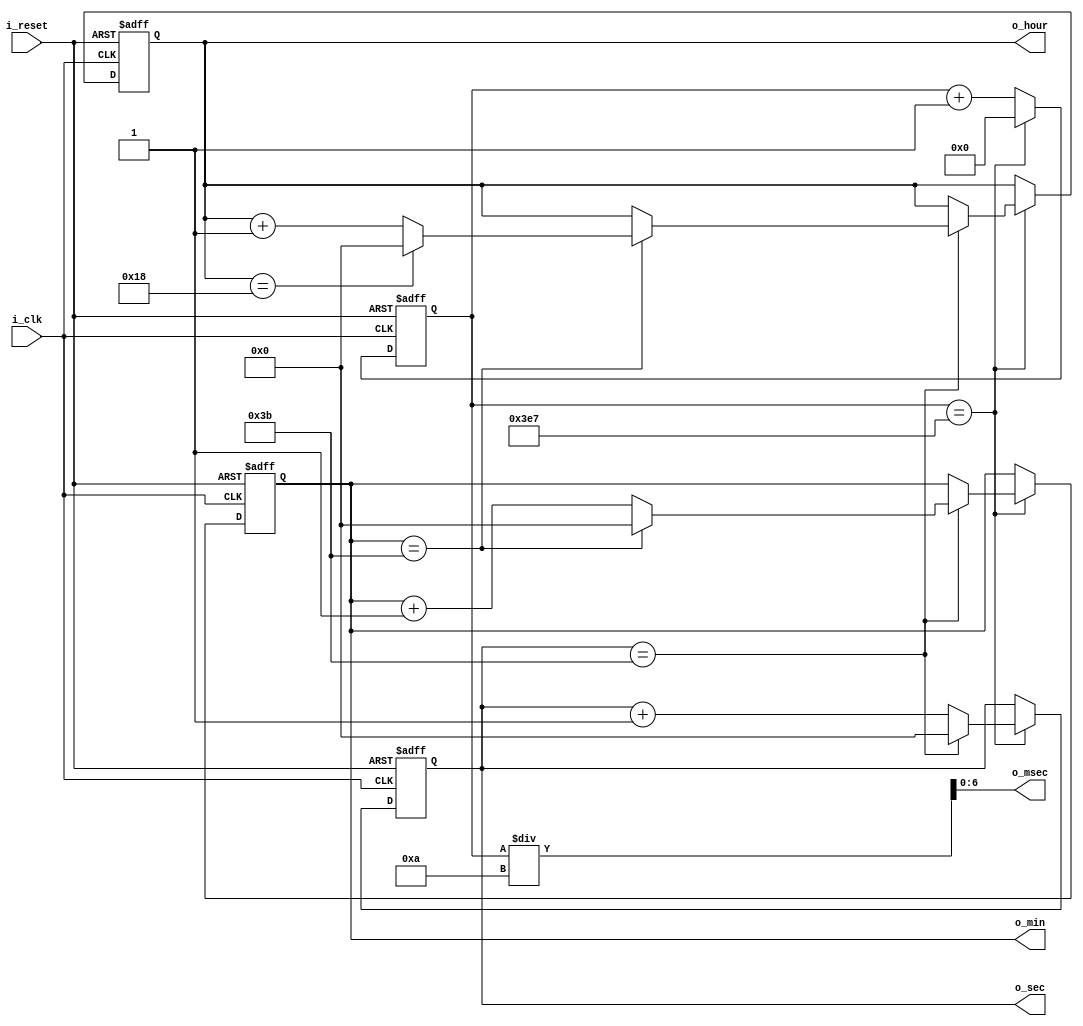
`timescale 1ns / 1ps
//////////////////////////////////////////////////////////////////////////////////
// Company: 
// Engineer: 
// 
// Design Name: 
// Module Name: time_clock_counter
// Project Name: 
// Target Devices: 
// Tool Versions: 
// Description: 
// 
// Dependencies: 
// 
// Revision:
// Revision 0.01 - File Created
// Additional Comments:
// 
//////////////////////////////////////////////////////////////////////////////////


module time_clock_counter(
    input i_clk,
    input i_reset,
    output [5:0] o_hour, o_min, o_sec,
    output [6:0] o_msec
    );

    reg[5:0] r_hour = 0, r_min = 0, r_sec = 0;
    reg[9:0] r_msec = 0;

    assign o_hour = r_hour;
    assign o_min = r_min;
    assign o_sec = r_sec;
    assign o_msec = r_msec / 10;

    always @(posedge i_clk or posedge i_reset) begin
        if(i_reset) begin
            r_hour <= 0;
            r_min <= 0;
            r_sec <= 0;
            r_msec <= 0;
        end
        else begin
            if(r_msec == 999) begin
                r_msec <= 0;

                if(r_sec == 59) begin
                    r_sec <= 0;
                    
                    if(r_min == 59) begin
                        r_min <= 0;

                        if(r_hour == 24) begin
                            r_hour <= 0;
                        end

                        else begin
                            r_hour <= r_hour + 1;
                        end
                        
                    end

                    else begin
                        r_min <= r_min + 1;
                    end
                end
                else begin
                    r_sec <= r_sec + 1;
                end
            end
            else begin
                r_msec <= r_msec + 1;
            end

        end
        
    end
endmodule